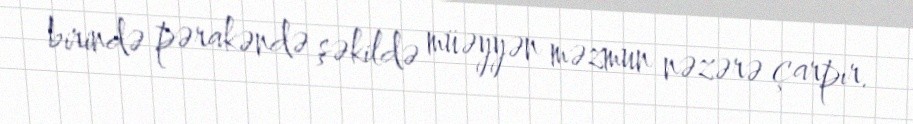
birində pərakəndə şəkildə müəyyən məzmun nəzərə çarpır.